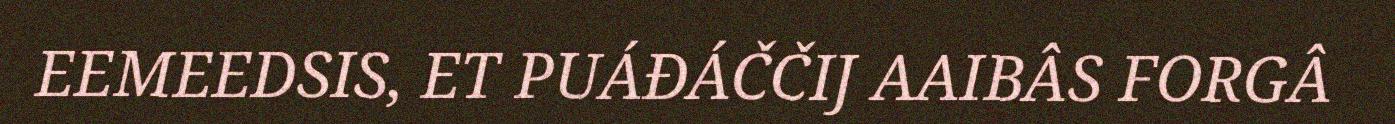
EEMEEDSIS, ET PUÁĐÁČČIJ AAIBÂS FORGÂ